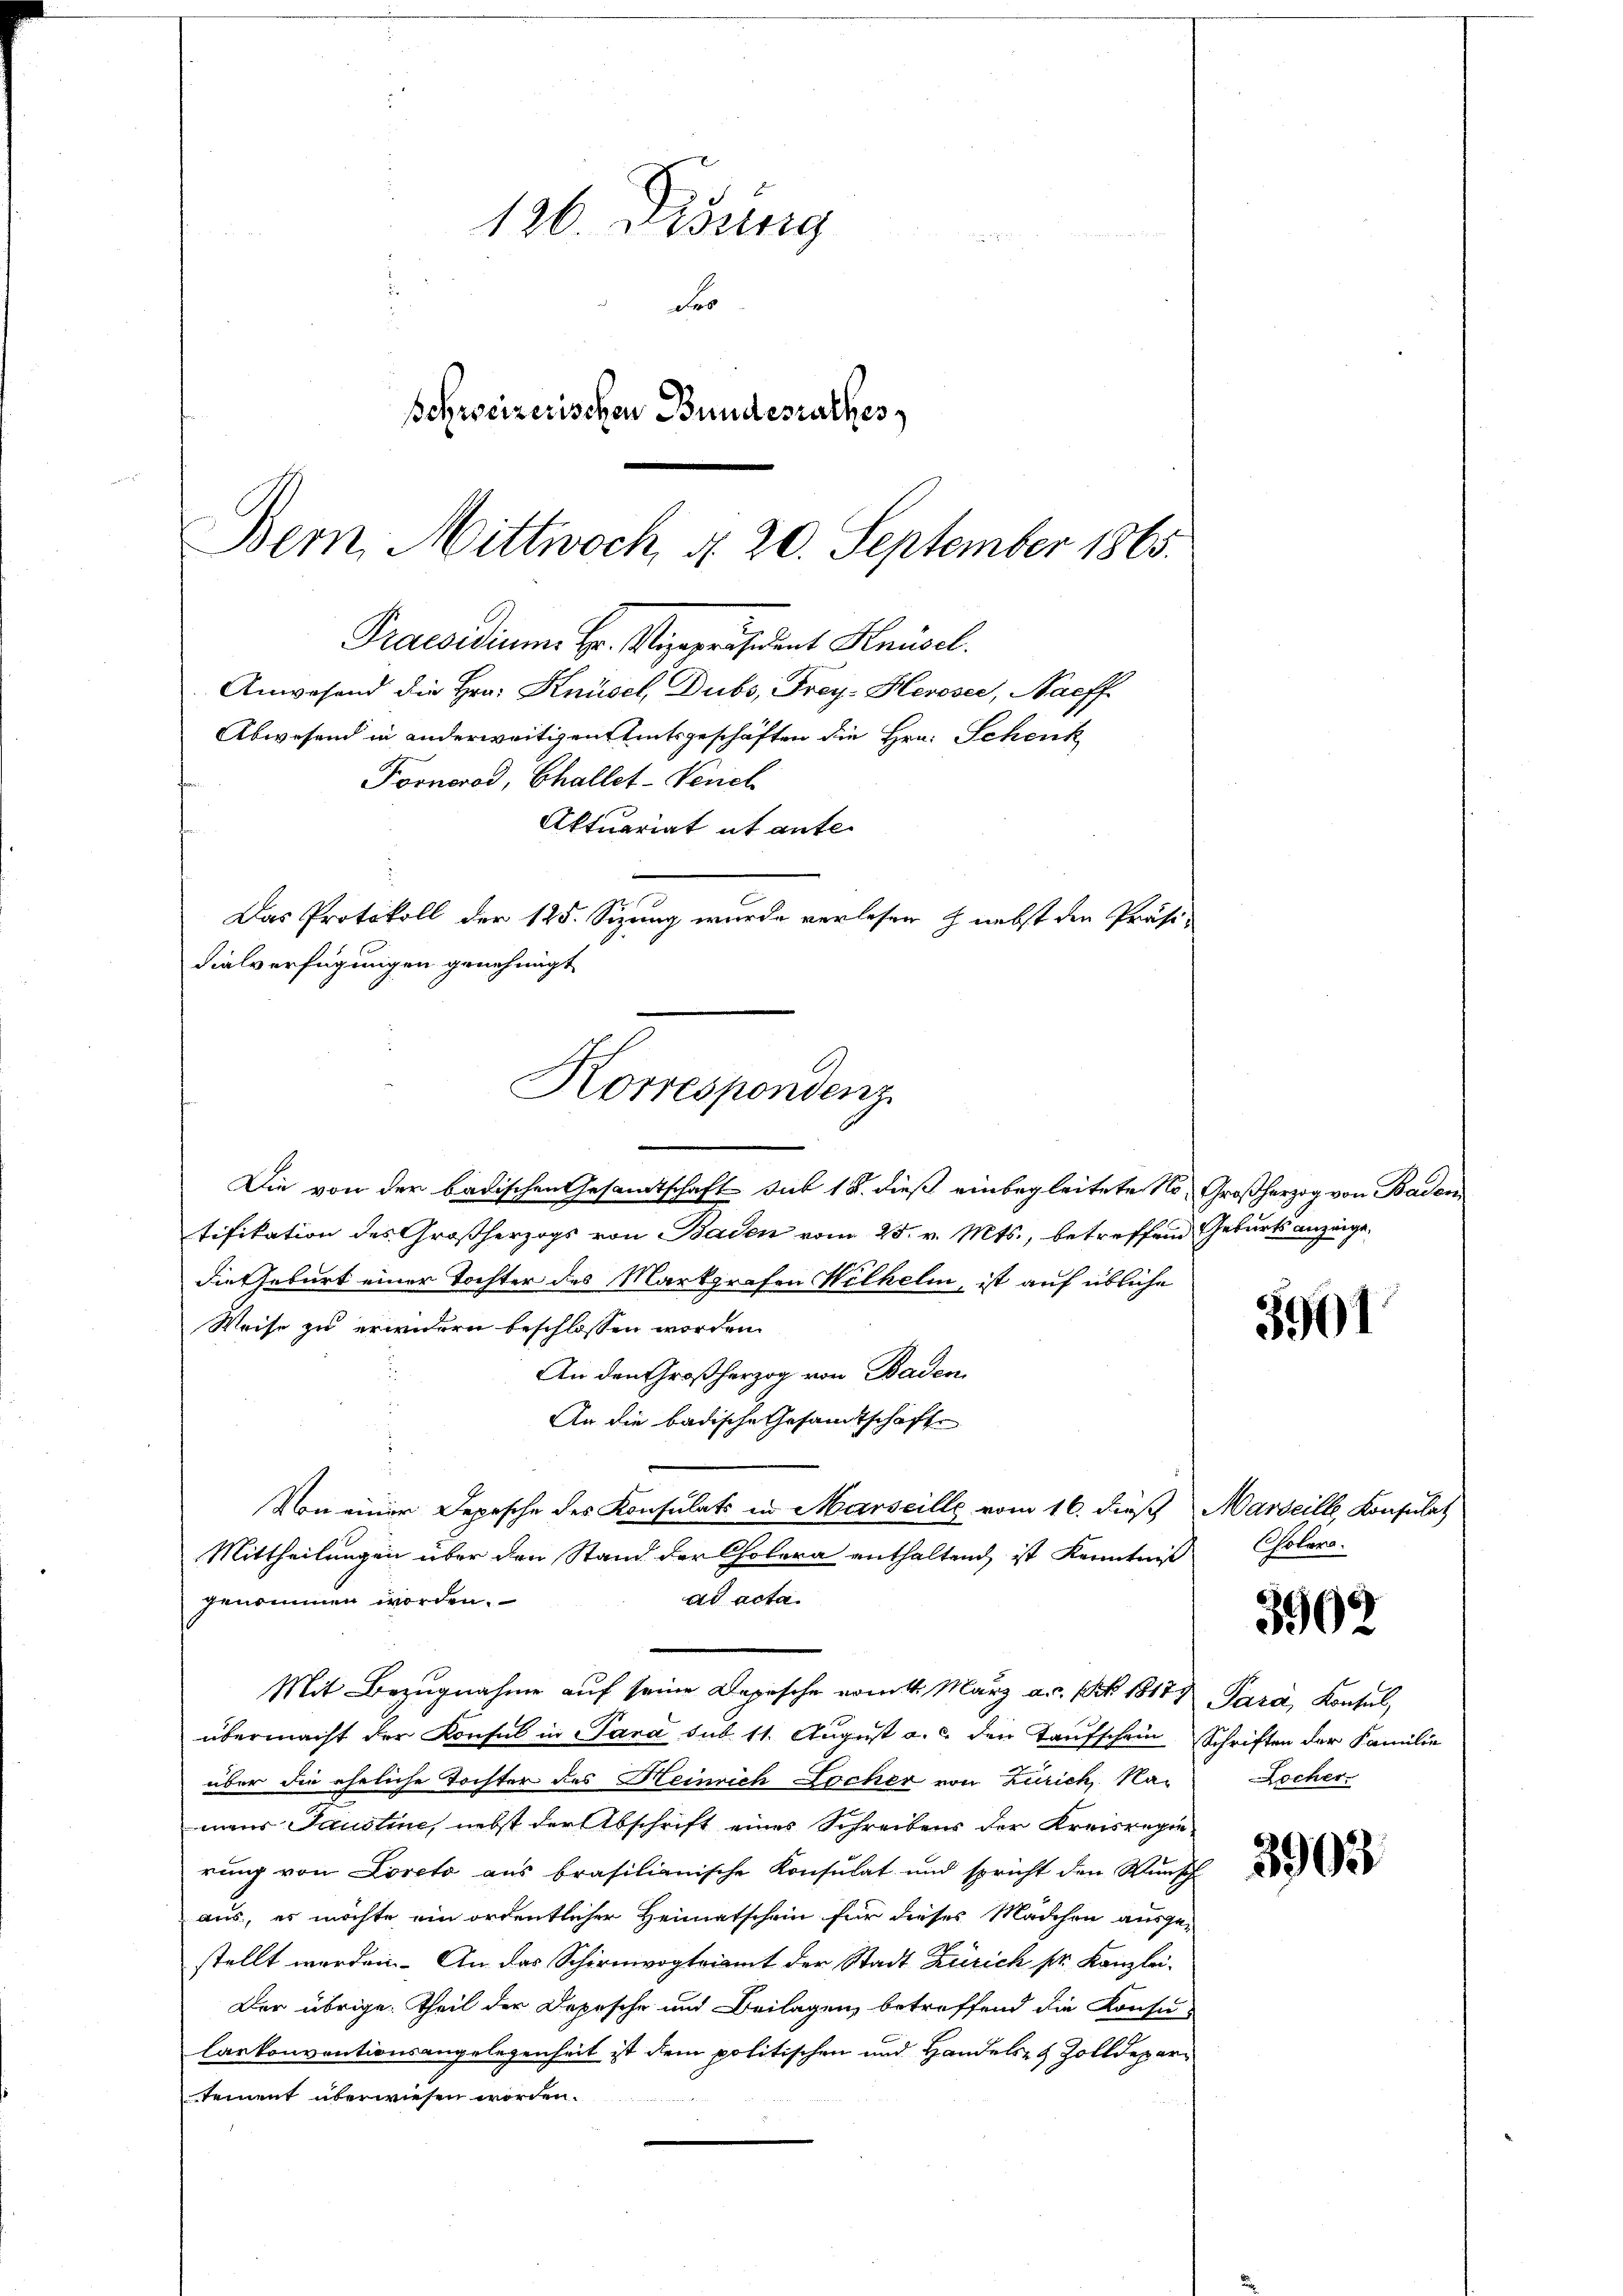
Praesidium Hr. Vizepräsident Knüsel.
Anwesend die Hrn. Knüsel, Dubs, Frey- Heroser, Naeff

126. Disung
nung eigen
Fe
Schreizerischen Bundesrathes
Bem. Mittwoch, d. 20. September 1865.

Abwesend in anderweitigen Amtsgeschäften die Hrn. Schenk
Fornorod, Challet-Vench
Aktuariat et anter
Das Protokoll der 125. Sizung wurde verlesen h nebst den Präsi-
Die von der badischen Gesamtschaft sub 15. dieß einbegleitete Notifikation des Großherzogs von Baden vom 25. v. Mts., betreffend Geburts anzeige,
die Geburt einer Tochter des Markgrafen Wilhelm, ist auf übliche
Weise zu erwidern beschlossen worden.
An den Großherzog von Baden
.
An die badische Gesandtschafte
Von einer Depesche des Konsulats in Marseille vom 16. dieß Marseille Konsulat
Mittheilungen über den Stand der Cholera enthaltend ist Kenntniß
ad acta.
genommen worden.
Mit Bezugnahme auf seine Depesche vom 1. März a.c. (N. 18171
übermacht der Konsul in Para sub. 11. August a. c. den Taufschein Schriften der Familie
über die eheliche Tochter des Heinrich Locher von Zürich, Namens Sauline, nebst der Abschrift eines Schreibens der Kreisregie-
rung von Loreto aus brasilianische Konsulat und spricht den Wunsch
aus, es möchte ein ordentlicher Heimatschein für dieses Mädchen ausgestellt werden. An das Schirmvogteiamt der Stadt Zürich pr. Kanzlei-
Der übrige Theil der Depesche und Beilagen, betreffend die Konsu-
Carkonventionsangelegenheit ist dem politischen und Handels- & Zolldepartement überwiesen worden.

dialverfügungen genehmigt

Korrespondenz

Großherzog von Baden

3901

Cholera.

3902

Para, Konsul
Rocher.

3903